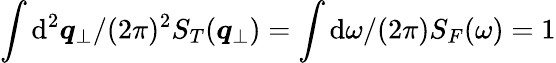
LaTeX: \int\mathrm{d}^{2}{\boldsymbol{q}}_{\perp}/(2\pi)^{2}S_{T}({\boldsymbol{q}}_{\perp})=\int\mathrm{d}\omega/(2\pi)S_{F}(\omega)=1